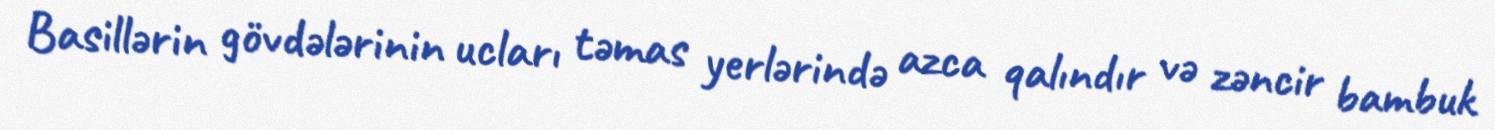
Basillərin gövdələrinin ucları təmas yerlərində azca qalındır və zəncir bambuk